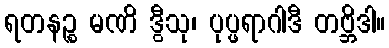
ရတနဉ္စ မဏိ ဒွီသု၊ ပုပ္ဖရာဂါဒီ တဗ္ဘိဒါ။